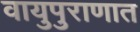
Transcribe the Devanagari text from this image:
वायुपुराणात